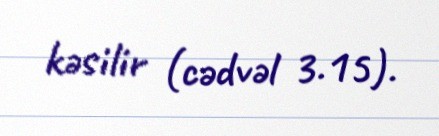
kəsilir (cədvəl 3.15).